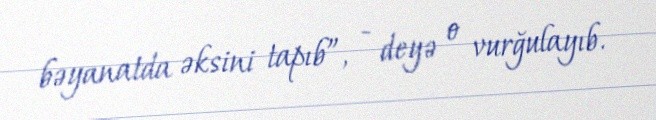
bəyanatda əksini tapıb”, - deyə o vurğulayıb.